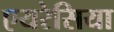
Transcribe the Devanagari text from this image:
एयरेसिया